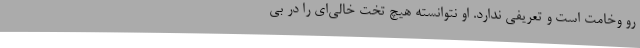
رو وخامت است و تعریفی ندارد. او نتوانسته هیچ تخت خالی‌ای را در بی